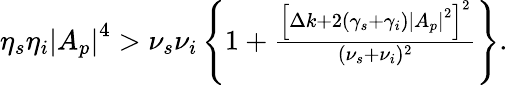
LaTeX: \begin{array}{r}{\eta_{s}\eta_{i}\left|A_{p}\right|^{4}>\nu_{s}\nu_{i}\left\{ 1+\frac{\left[\Delta k+2(\gamma_{s}+\gamma_{i})\left|A_{p}\right|^{2}\right]^{2}}{(\nu_{s}+\nu_{i})^{2}}\right\} .}\end{array}